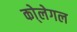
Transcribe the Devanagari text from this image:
को्लेगल